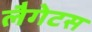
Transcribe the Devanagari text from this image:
लैगेटस